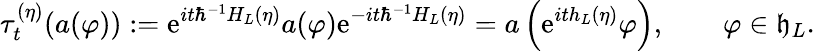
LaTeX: \tau_{t}^{(\eta)}(a(\varphi)):=\mathrm{e}^{it\hbar^{-1}H_{L}\left(\eta\right)}a(\varphi)\mathrm{e}^{-it\hbar^{-1}H_{L}\left(\eta\right)}=a\left(\mathrm{e}^{ith_{L}\left(\eta\right)}\varphi\right),\qquad\varphi\in\mathfrak{h}_{L}.